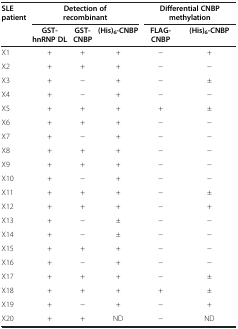
| SLE patient | <COLSPAN=3> Detection of recombinant | <COLSPAN=2> Differential CNBP methylation |
 |  | GST-hnRNP DL | GST-CNBP | (His)6-CNBP | FLAG-CNBP | (His)6-CNBP |
 | --- | --- | --- | --- | --- | --- |
 | X1 | + | + | + | − | + |
 | X2 | + | + | + | − | − |
 | X3 | + | − | + | − | ± |
 | X4 | + | − | + | − | − |
 | X5 | + | + | + | + | ± |
 | X6 | + | + | + | − | − |
 | X7 | + | − | + | − | − |
 | X8 | + | + | + | − | − |
 | X9 | + | + | + | − | − |
 | X10 | + | − | + | − | − |
 | X11 | + | + | + | − | ± |
 | X12 | + | + | + | − | + |
 | X13 | + | − | ± | − | − |
 | X14 | + | − | ± | − | − |
 | X15 | + | + | + | − | − |
 | X16 | + | − | + | − | − |
 | X17 | + | + | + | − | ± |
 | X18 | + | + | + | + | ± |
 | X19 | + | − | + | − | + |
 | X20 | + | + | ND | − | ND |